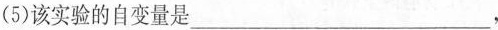
(5)该实验的自变量是___，